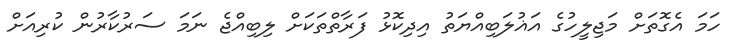
ހަމަ އެގޮތަށް މަޖިލީހުގެ އަޣުލަބިއްޔަތު އިދިކޮޅު ފަރާތްތަކަށް ލިބިއްޖެ ނަމަ ސަރުކާރުން ކުރިއަށް